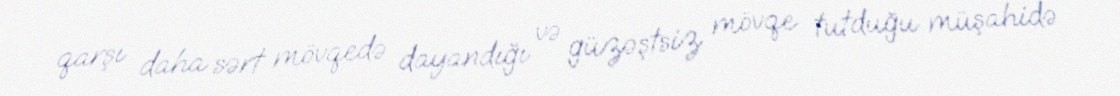
qarşı daha sərt mövqedə dayandığı və güzəştsiz mövqe tutduğu müşahidə